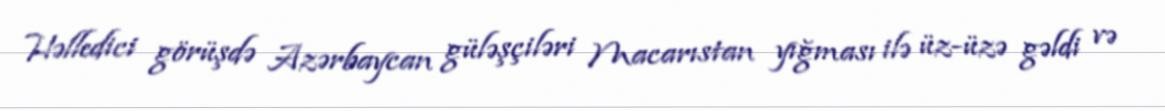
Həlledici görüşdə Azərbaycan güləşçiləri Macarıstan yığması ilə üz-üzə gəldi və